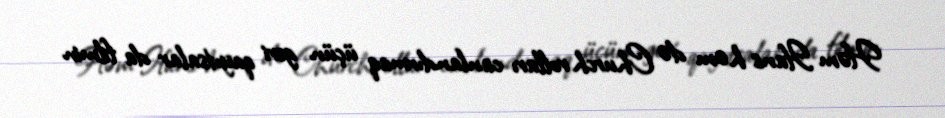
Həm Ifans həm də Church rolları canlandırmaq üçün geri qayıtsalar da filmin